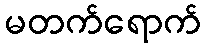
မတက်ရောက်